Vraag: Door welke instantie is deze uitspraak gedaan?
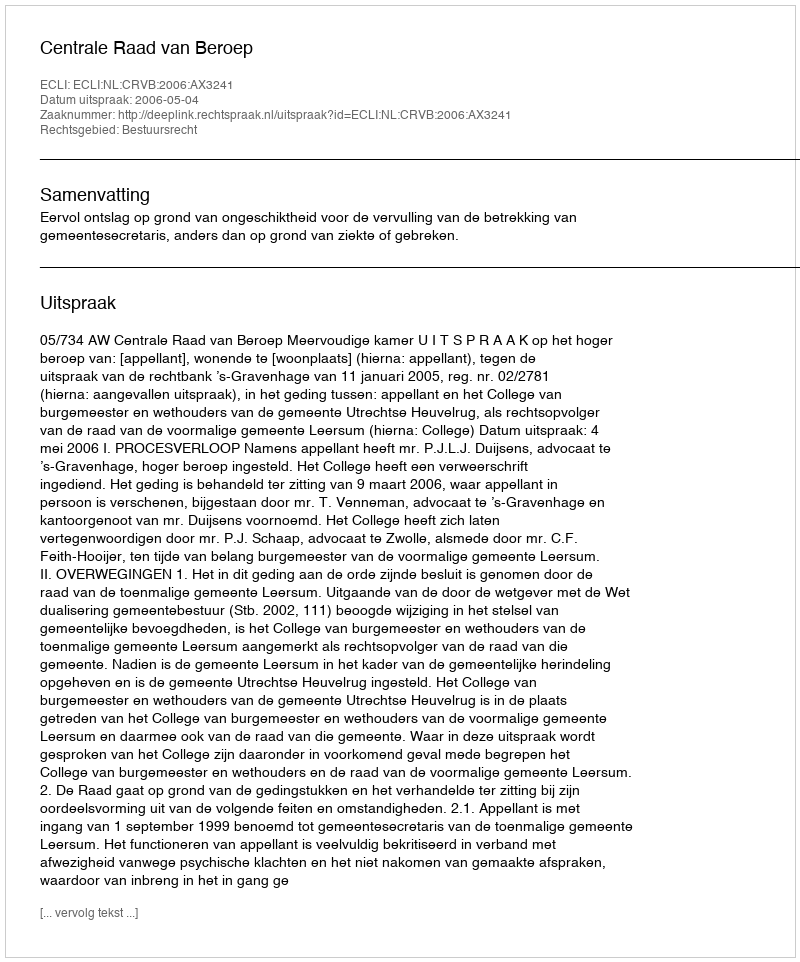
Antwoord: Centrale Raad van Beroep